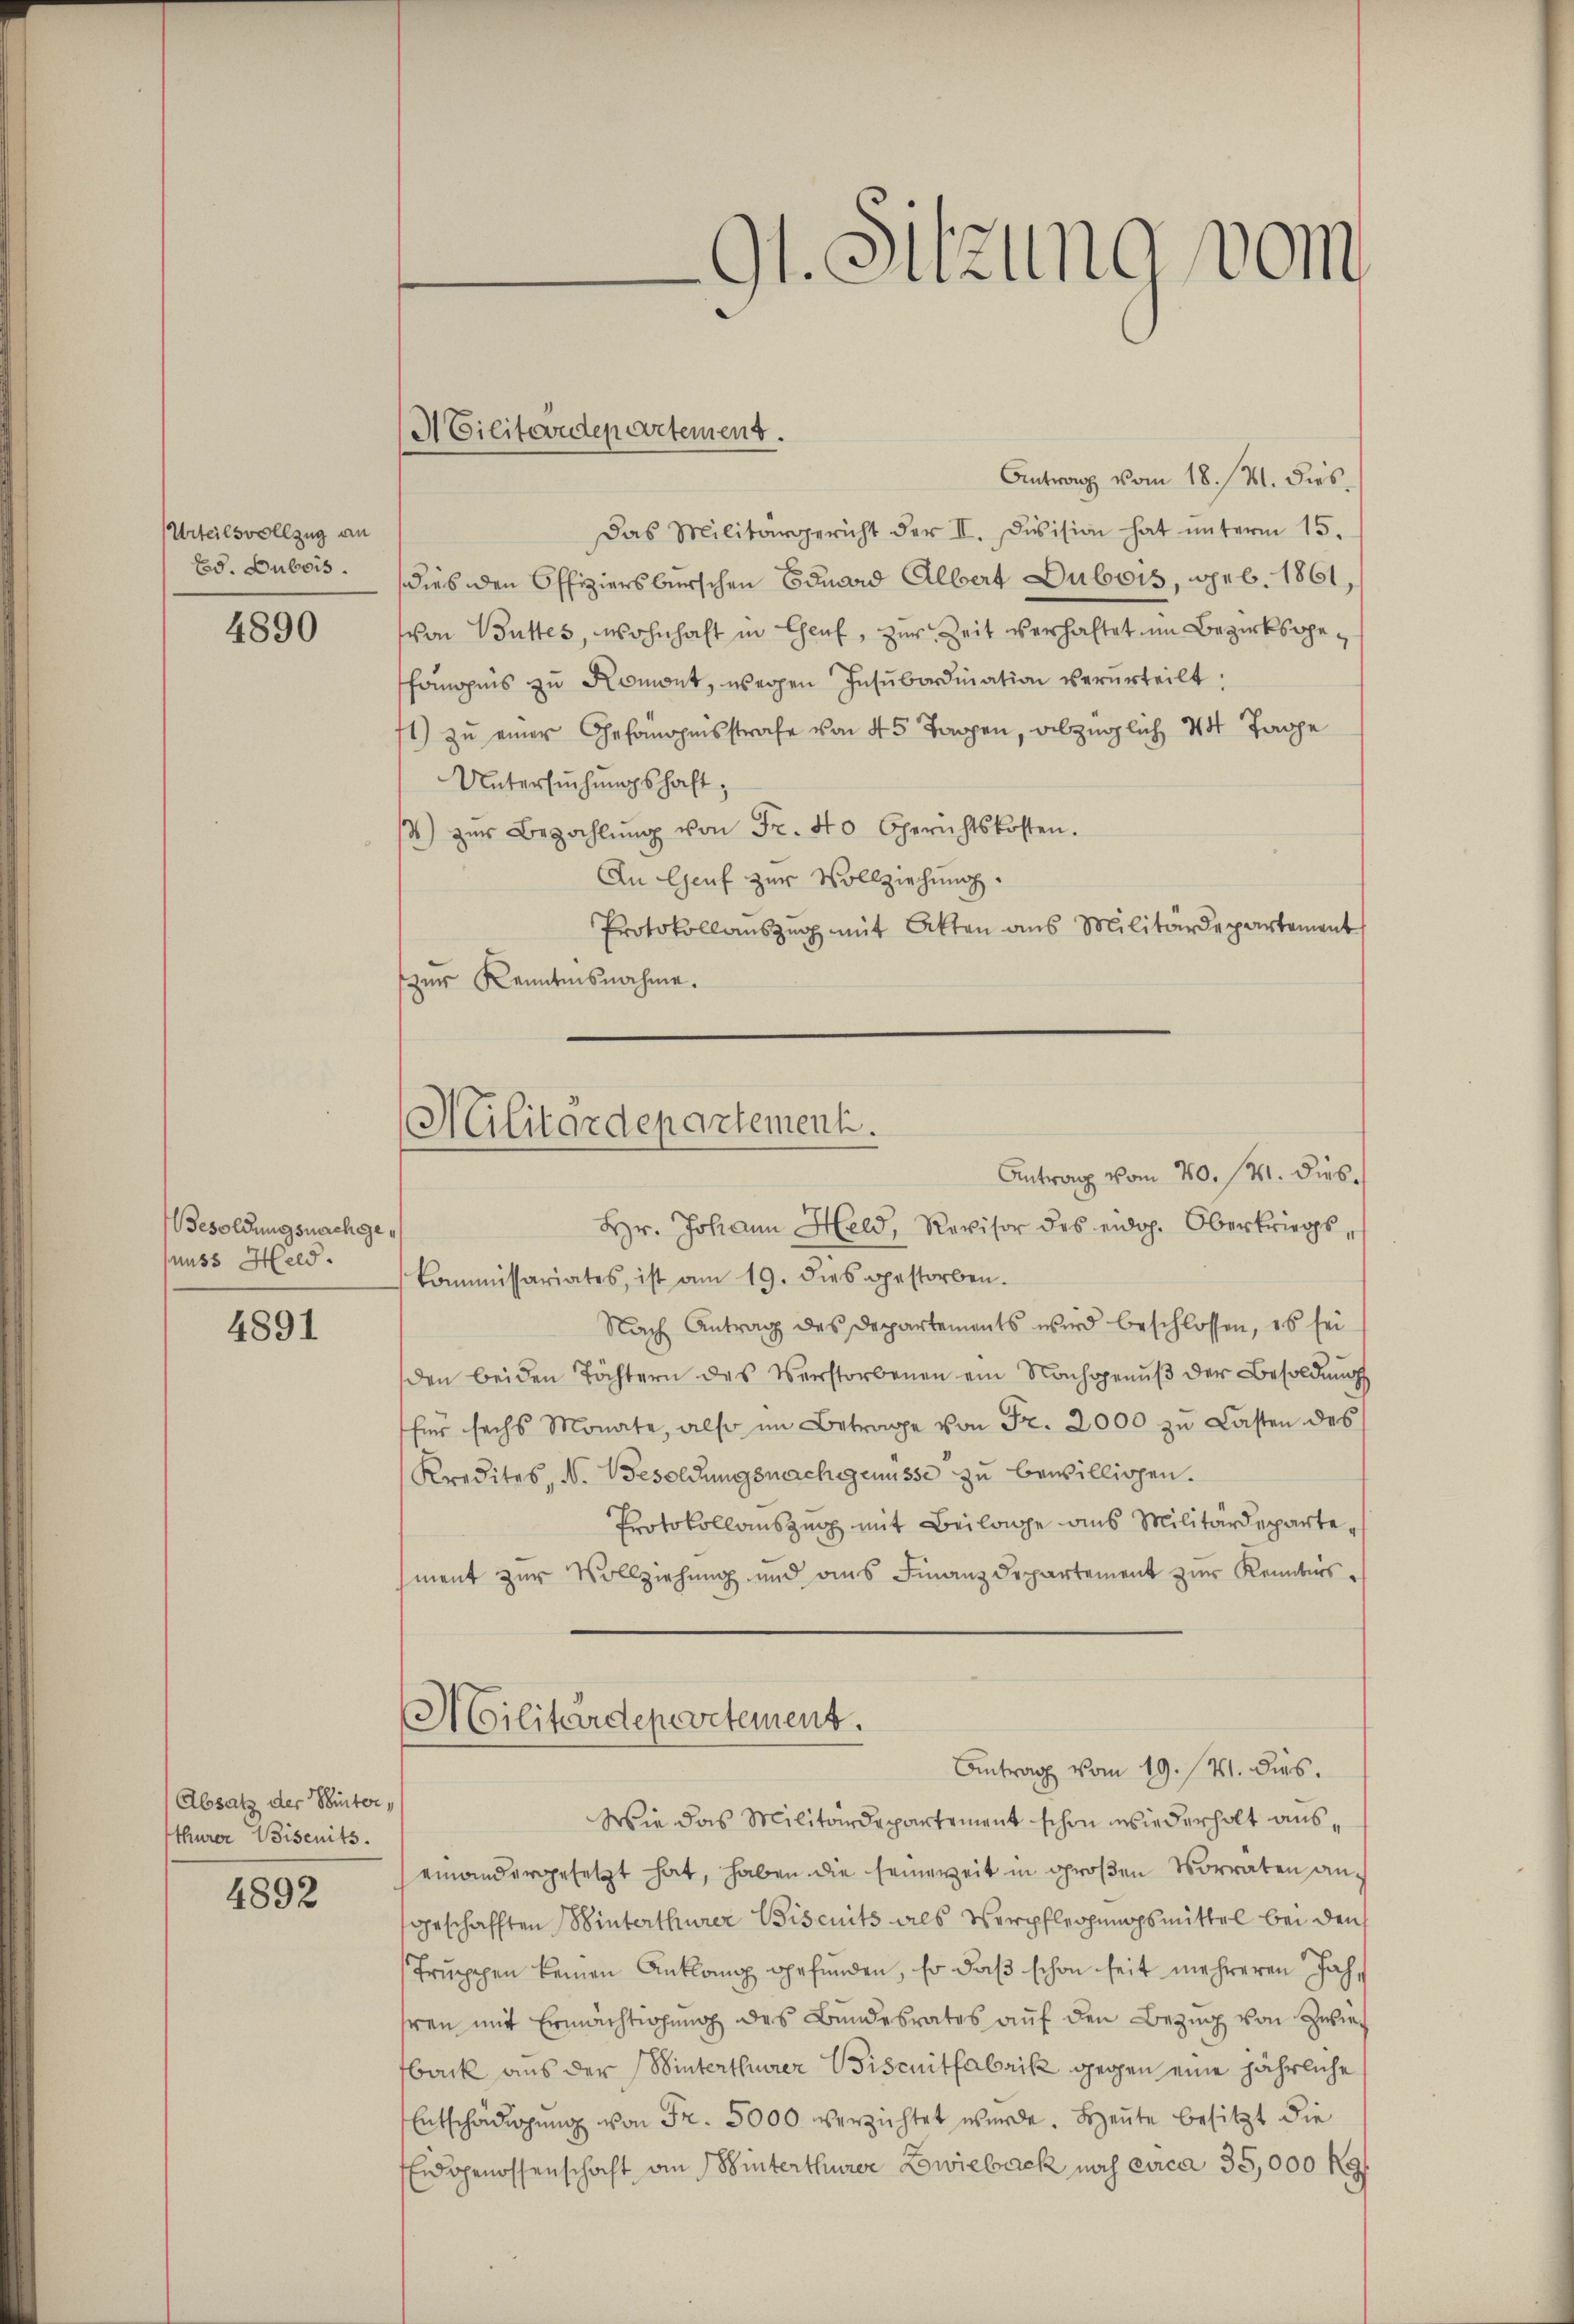
Urteilsvollzug an
Ed. Dubois.

4890

Besoldungsnachgepuss Held.

4891

Absatz der Winter
thurer Weisenits.
4892

91. Sitzung vom

ACilitendepartement.

Militärdepartement.

Antrag vom 18. 141. dies
Das Militärgericht der II. Division hat unterm 15.
dies den Offiziersburschen Eduard Albert Dubois, geb. 1861
von Buttes, wohnhaft in Chauf, zur Zeit verhaltet im Bezirksgefängnis zu Romont, wegen Insubordination verurteilt.
1) zu einer Gefonopinsstrafe von 45 Tagen, abzüglich 14 Tage
Untersuchungshaft
4) zŭr Bezahlŭng von Fr. 40 Gerichtskosten.
An Genf zur Vollziehung.
Protokollauszug mit Akten aus Militärdepartement
zur Kenntnisnahme.
Antrag vom 20. 141. dies
Hr. Johann Held, Revisor des eidg. Oberkriegs¬
Commissariates, ist am 19. dies gestorben.
Nach Antrag des Departements wird beschlossen, es sei
den beiden Töchtern des Verstorbenen ein Nachgenŭβ der Besoldŭngs
für sechs Monate, also im Betrage von Fr. 2000 zu Lasten des
Kredites, N. Besoldungsnachgenüsse zu bewilligen.
Protokollauszug mit Beilage aus Militärdepartement zur Vollziehung und aus Finanzdepartement zur Reibers¬
Militärdepartement.
Antrag vom 19. 14. dies.
Wie das Militärdepartement schon wiederholt auseinandergesetzt hat, haben die seinereit in großen Vorraten ansgeschafften Winterthurer Biscrits als Verpflegungsmittel bei den
Trŭppen keinen Anklang gefŭnden, so daβ schon seit mehreren Jahhren mit Ermächtigung des Bundesrates auf den Bezug von Zwie
back aus der Winterthurer Bisenitfabrik gegen eine jährliche
Entschädigung von Fr. 5000 verzichtet werde. Heute besitzt die
Eidgenossenschaft an Winterthurer Zwieback noch circa 35,000 kg